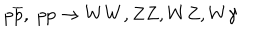
p \overline { { { p } } } , \; p p \rightarrow W W , Z Z , W Z , W \gamma